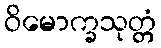
ဝိမောက္ခသုတ္တံ